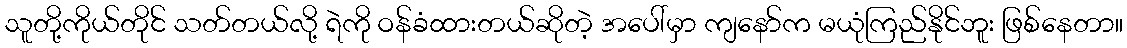
သူတို့ကိုယ်တိုင် သတ်တယ်လို့ ရဲကို ဝန်ခံထားတယ်ဆိုတဲ့ အပေါ်မှာ ကျနော်က မယုံကြည်နိုင်ဘူး ဖြစ်နေတာ။